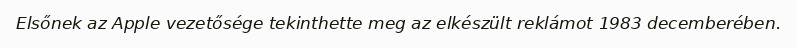
Elsőnek az Apple vezetősége tekinthette meg az elkészült reklámot 1983 decemberében.